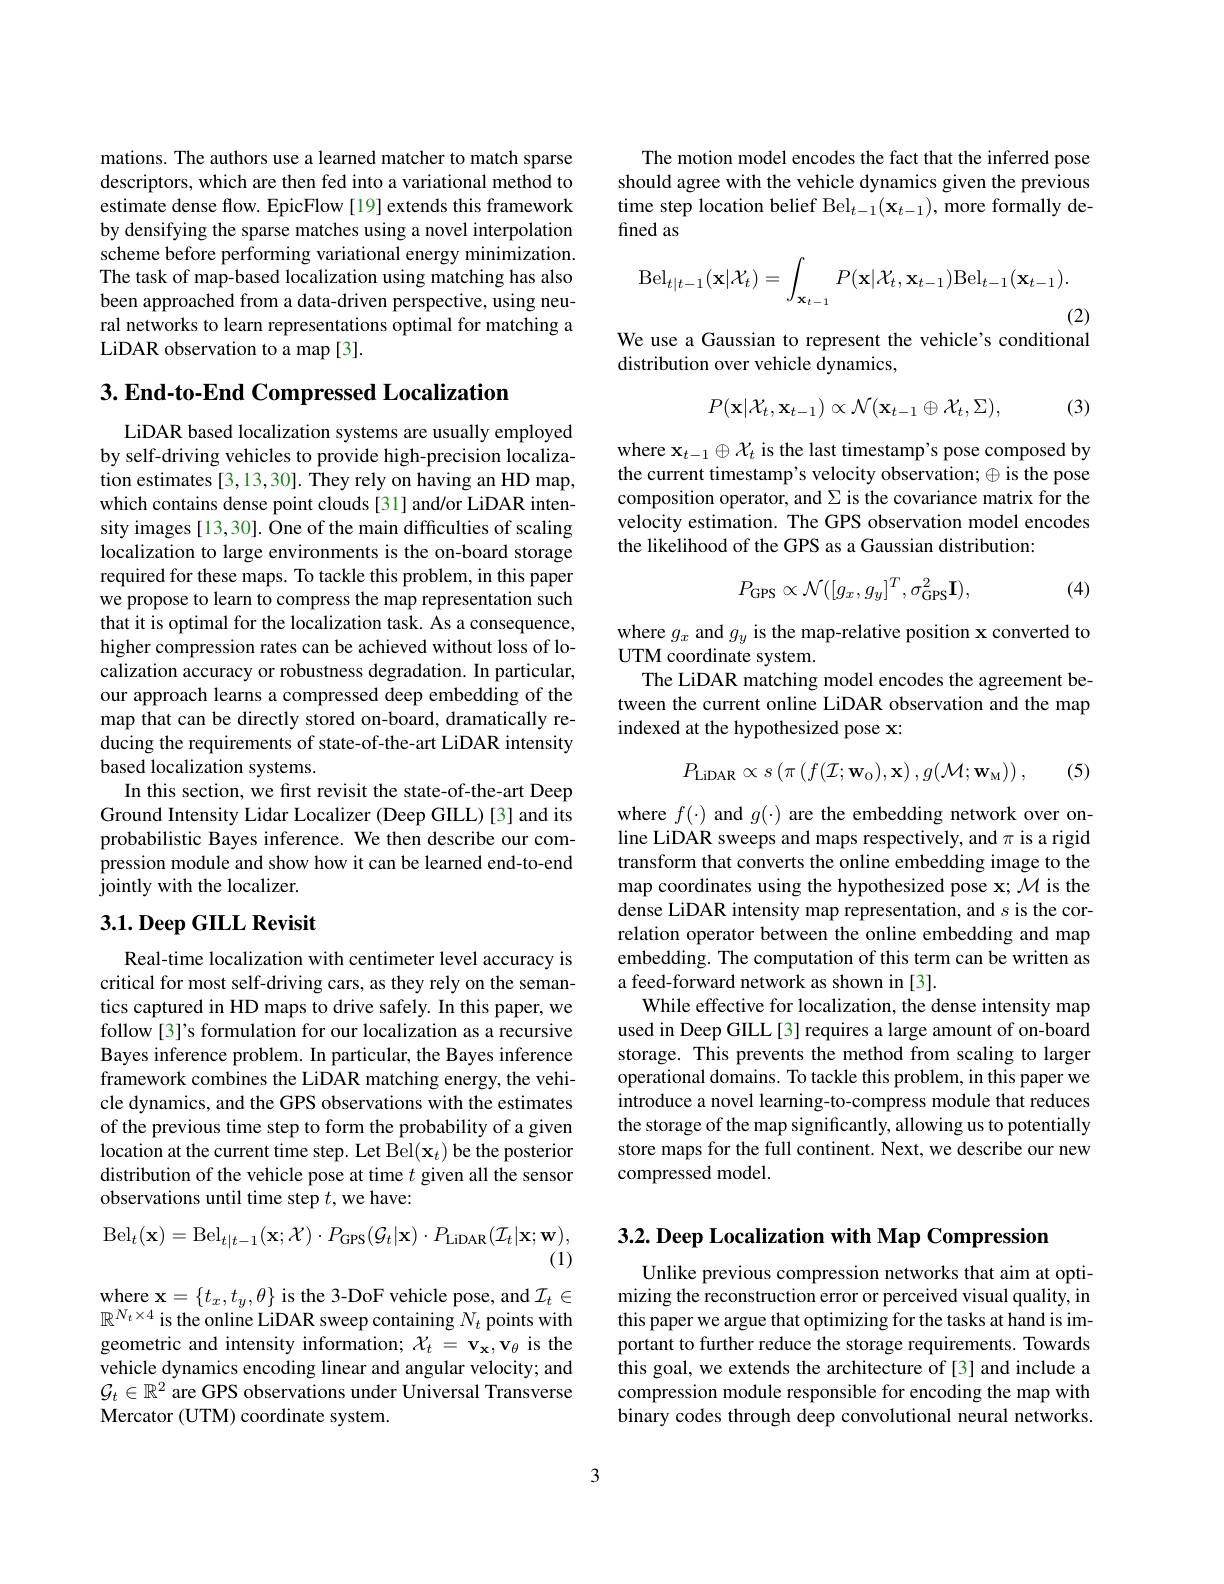
mations. The authors use a learned matcher to match sparse descriptors, which are then fed into a variational method to estimate dense flow. EpicFlow [19] extends this framework by densifying the sparse matches using a novel interpolation scheme before performing variational energy minimization. The task of map-based localization using matching has also been approached from a data-driven perspective, using neural networks to learn representations optimal for matching a LiDAR observation to a map [3].

## $3. \textbf{ End- to- End Compressed Localization}$

LiDAR based localization systems are usually employed by self-driving vehicles to provide high-precision localization estimates [3,13,30]. They rely on having an HD map, which contains dense point clouds [31] and/or LiDAR intensity images [13,30]. One of the main difficulties of scaling localization to large environments is the on-board storage required for these maps. To tackle this problem, in this paper we propose to learn to compress the map representation such that it is optimal for the localization task. As a consequence, higher compression rates can be achieved without loss of localization accuracy or robustness degradation. In particular, our approach learns a compressed deep embedding of the map that can be directly stored on-board, dramatically reducing the requirements of state-of-the-art LiDAR intensity based localization systems.
In this section, we first revisit the state-of-the-art Deep Ground Intensity Lidar Localizer (Deep GILL)[3] and its probabilistic Bayes inference. We then describe our compression module and show how it can be learned end-to-end jointly with the localizer.

## $3. 1. \textbf{Deep GILL Revisit}$

Real-time localization with centimeter level accuracy is critical for most self-driving cars, as they rely on the semantics captured in HD maps to drive safely. In this paper, we follow [3]'s formulation for our localization as a recursive Bayes inference problem. In particular, the Bayes inference framework combines the LiDAR matching energy, the vehicle dynamics, and the GPS observations with the estimates of the previous time step to form the probability of a given location at the current time step. Let Bel(x$_t)$ be the posterior distribution of the vehicle pose at time $t$ given all the sensor observations until time step $t$,we have:
$$\mathrm{Bel}_{t}(\mathbf{x})=\mathrm{Bel}_{t|t-1}(\mathbf{x};\mathcal{X})\cdot P_{\mathrm{GPS}}(\mathcal{G}_{t}|\mathbf{x})\cdot P_{\mathrm{LiDAR}}(\mathcal{I}_{t}|\mathbf{x};\mathbf{w})$$
(1)

$\mathbf{wherex}=\{t_{x},t_{y},\theta\}$ is the 3-DoF vehicle pose, and $\mathcal{I}_t\in$ $\mathbb{R}^{N_{t}\times4}$ is the online LiDAR sweep containing $N_t$ points with geometric and intensity information; $\mathcal{X}_t=\mathbf{v}_{\mathbf{x}},\mathbf{v}_{\theta}$ is the vehicle dynamics encoding linear and angular velocity; and $\mathcal{G}_t\in\mathbb{R}^2$ are GPS observations under Universal Transverse Mercator (UTM) coordinate system.

The motion model encodes the fact that the inferred pose should agree with the vehicle dynamics given the previous time step location belief Bel$_t-1(\mathbf{x}_{t-1})$,more formally defined as
$$\mathrm{Bel}_{t|t-1}(\mathbf{x}|\mathcal X_t)=\int_{\mathbf{x}_{t-1}}P(\mathbf{x}|\mathcal X_t,\mathbf{x}_{t-1})\mathrm{Bel}_{t-1}(\mathbf{x}_{t-1}).$$
(2)

We use a Gaussian to represent the vehicle's conditional

distribution over vehicle dynamics,
$$P(\mathbf{x}|\mathcal{X}_{t},\mathbf{x}_{t-1})\propto\mathcal{N}(\mathbf{x}_{t-1}\oplus\mathcal{X}_{t},\Sigma),$$
(3)

where $\mathbf{x}_t-1\oplus\mathcal{X}_t$ is the last timestamp's pose composed by the current timestamp's velocity observation; $\oplus$ is the pose composition operator, and $\Sigma$ is the covariance matrix for the velocity estimation. The GPS observation model encodes the likelihood of the GPS as a Gaussian distribution:
$$P_{\mathrm{GPS}}\propto\mathcal{N}([g_{x},g_{y}]^{T},\sigma_{\mathrm{GPS}}^{2}\mathbf{I}),$$
(4)

where $g_x$ and $g_y$ is the map-relative position x converted to
UTM coordinate system.
The LiDAR matching model encodes the agreement between the current online LiDAR observation and the map indexed at the hypothesized pose x:
$$P_{\mathrm{LiDAR}}\propto s\left(\pi\left(f(\mathcal{I};\mathbf{w}_{\mathrm{O}}),\mathbf{x}\right),g(\mathcal{M};\mathbf{w}_{\mathrm{M}})\right),$$
(5)

where $f(\cdot)$ and $g(\cdot)$ are the embedding network over online LiDAR sweeps and maps respectively, and $\pi$ is a rigid transform that converts the online embedding image to the map coordinates using the hypothesized pose x; M is the dense LiDAR intensity map representation, and $s$ is the correlation operator between the online embedding and map embedding. The computation of this term can be written as a feed-forward network as shown in [3].
While effective for localization, the dense intensity map used in Deep GILL[3] requires a large amount of on-board storage. This prevents the method from scaling to larger operational domains. To tackle this problem, in this paper we introduce a novel learning-to-compress module that reduces the storage of the map significantly, allowing us to potentially store maps for the full continent. Next, we describe our new compressed model.

$3. 2. \textbf{ Deep Localization with Map Compression}$

Unlike previous compression networks that aim at optimizing the reconstruction error or perceived visual quality, in this paper we argue that optimizing for the tasks at hand is important to further reduce the storage requirements. Towards this goal, we extends the architecture of [3] and include a compression module responsible for encoding the map with binary codes through deep convolutional neural networks.

3